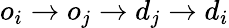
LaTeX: o_{i}\rightarrow o_{j}\rightarrow d_{j}\rightarrow d_{i}